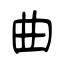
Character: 曲